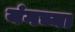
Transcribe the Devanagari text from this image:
यंगच्या